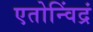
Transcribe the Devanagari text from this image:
एतोन्विंद्रं